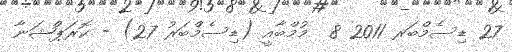
27 ޑިސެމްބަރ 2011 8  މުމްބާއީ (ޑިސެމްބަރު 27) - ކޮރަޕްޝަނާ